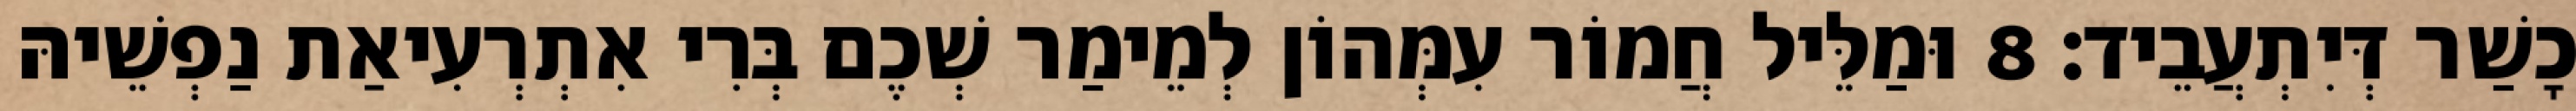
כָשַׁר דְּיִתְעֲבֵיד׃ 8 וּמַלֵּיל חֲמוֹר עִמְּהוֹן לְמֵימַר שְׁכֶם בְּרִי אִתְרְעִיאַת נַפְשֵׁיהּ